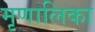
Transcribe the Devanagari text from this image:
मृणालिका